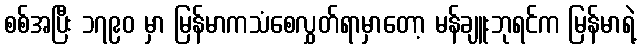
စစ်အပြီး ၁၇၉၀ မှာ မြန်မာကသံစေလွှတ်ရာမှာတော့ မန်ချူးဘုရင်က မြန်မာရဲ့